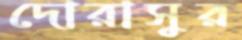
দোরাসুর